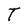
Character: T